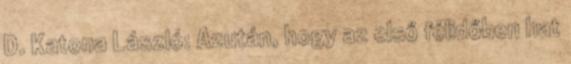
D. Katona László: Azután, hogy az első félidőben hat